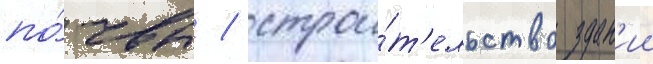
по́чвы / строи́т'ельство здан'ии